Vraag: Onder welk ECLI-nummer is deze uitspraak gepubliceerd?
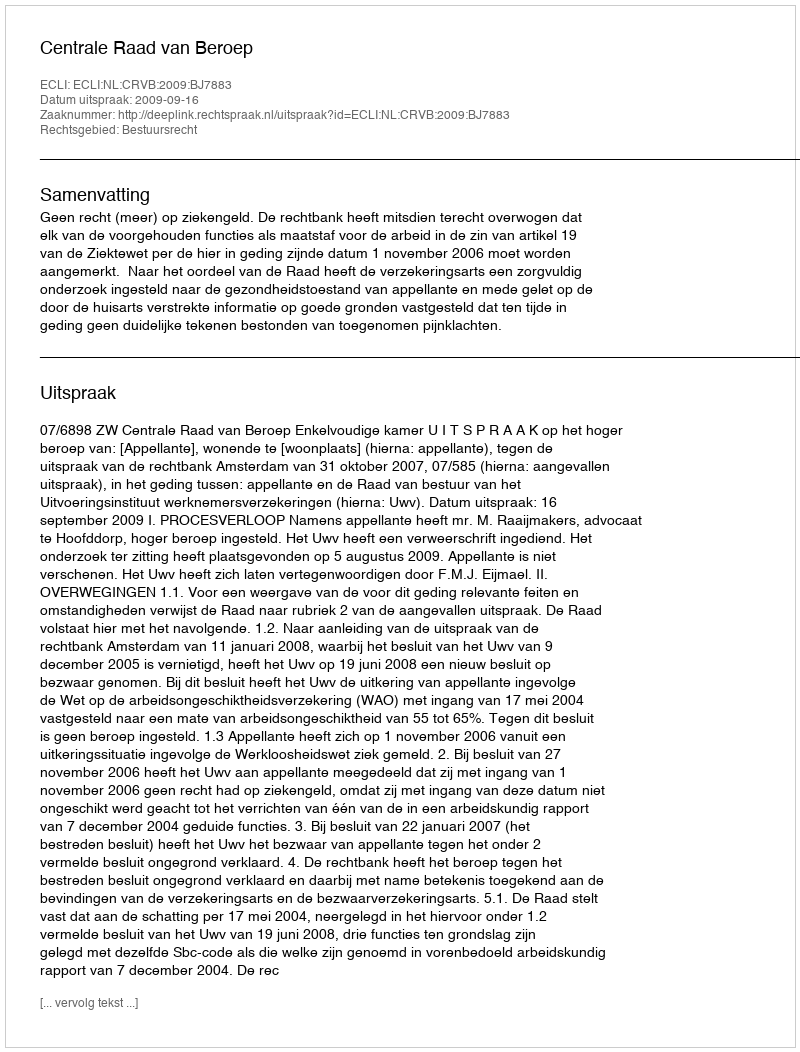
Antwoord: ECLI:NL:CRVB:2009:BJ7883